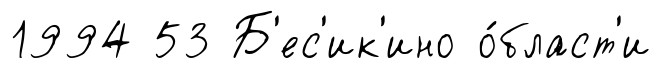
1994 53 Б'ес'ик'ино о́бласт'и